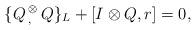
LaTeX: \begin{align*}\{Q\, {}_, ^\otimes \,Q\}_{L}+[I\otimes Q,r]=0,\end{align*}